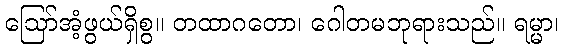
ဩော်အံ့ဖွယ်ရှိစွ။ တထာဂတော၊ ဂေါတမဘုရားသည်။ ရမ္မာ၊